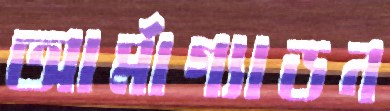
আর্মাগ্যাডন